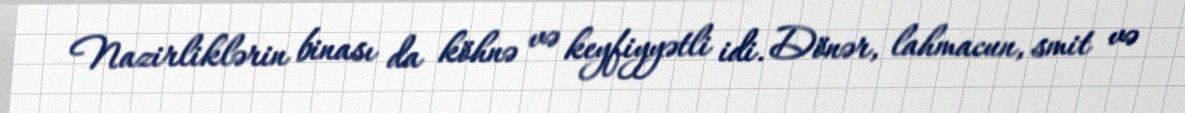
Nazirliklərin binası da köhnə və keyfiyyətli idi. Dönər, lahmacun, smit və